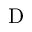
\mathrm { D }